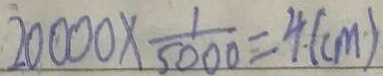
2 0 0 0 0 \times \frac { 1 } { 5 0 0 0 } = 4 ( c m )